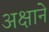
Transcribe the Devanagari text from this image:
अक्षाने